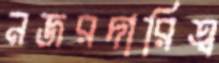
নজরদারিত্ব